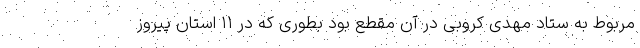
مربوط به ستاد مهدی کروبی در آن مقطع بود بطوری که در ۱۱ استان پیروز